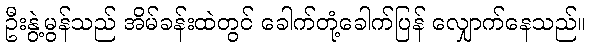
ဦးနွဲ့မွန်သည် အိမ်ခန်းထဲတွင် ခေါက်တုံ့ခေါက်ပြန် လျှောက်နေသည်။